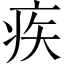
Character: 疾